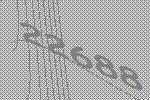
22688